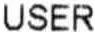
USER